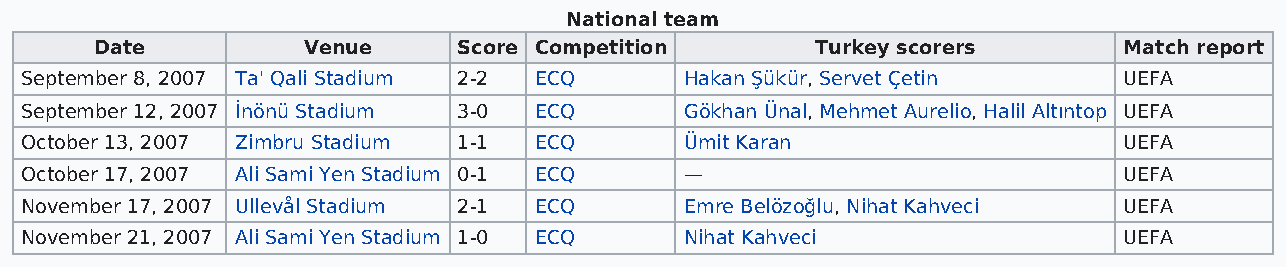
National team
 Date          Venue     Score Competition       Turkey scorers      Match report
 September 8, 2007 Ta' Qali Stadium 2-2 ECQ  Hakan Şükür, Servet Çetin    UEFA
 September 12, 2007 İnönü Stadium 3-0 ECQ    Gökhan Ünal, Mehmet Aurelio, Halil Altıntop UEFA
 October 13, 2007 Zimbru Stadium 1-1 ECQ     Ümit Karan                   UEFA
 October 17, 2007 Ali Sami Yen Stadium 0-1 ECQ —                          UEFA
 November 17, 2007 Ullevål Stadium 2-1 ECQ   Emre Belözoğlu, Nihat Kahveci UEFA
 November 21, 2007 Ali Sami Yen Stadium 1-0 ECQ Nihat Kahveci             UEFA